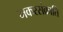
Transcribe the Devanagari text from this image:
मकरसंक्राति